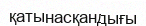
қатынасқандығы